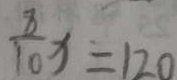
\frac { 8 } { 1 0 } x = 1 2 0